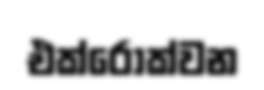
එක්රොක්වන